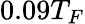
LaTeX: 0.09T_{F}